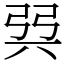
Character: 㢲